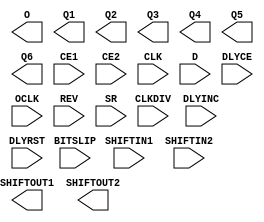
// $Header: /devl/xcs/repo/env/Databases/CAEInterfaces/xec_libs/data/unisims/ISERDES.v,v 1.4 2011/05/05 17:01:42 vandanad Exp $

`timescale  1 ps / 1 ps
module ISERDES (O, Q1, Q2, Q3, Q4, Q5, Q6, SHIFTOUT1, SHIFTOUT2,
		  BITSLIP, CE1, CE2, CLK, CLKDIV, D, DLYCE, DLYINC, DLYRST, OCLK, REV, SHIFTIN1, SHIFTIN2, SR);
    output O;
    output Q1;
    output Q2;
    output Q3;
    output Q4;
    output Q5;
    output Q6;
    output SHIFTOUT1;
    output SHIFTOUT2;

    input BITSLIP;
    input CE1;
    input CE2;
    input CLK;
    input CLKDIV;
    input D;
    input DLYCE;
    input DLYINC;
    input DLYRST;
    input OCLK;
    input REV;
    input SHIFTIN1;
    input SHIFTIN2;
    input SR;
    
    parameter BITSLIP_ENABLE = "FALSE";
    parameter DATA_RATE = "DDR";
    parameter DATA_WIDTH = 4;
    parameter INIT_Q1 = 1'b0;
    parameter INIT_Q2 = 1'b0;
    parameter INIT_Q3 = 1'b0;
    parameter INIT_Q4 = 1'b0;
    parameter INTERFACE_TYPE = "MEMORY";
    parameter IOBDELAY = "NONE";
    parameter IOBDELAY_TYPE = "DEFAULT";
    parameter IOBDELAY_VALUE = 0;
    parameter NUM_CE = 2;
    parameter SERDES_MODE = "MASTER";
    parameter SRVAL_Q1 = 1'b0;
    parameter SRVAL_Q2 = 1'b0;
    parameter SRVAL_Q3 = 1'b0;
    parameter SRVAL_Q4 = 1'b0;    


endmodule // ISERDES